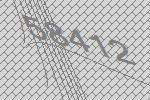
58412